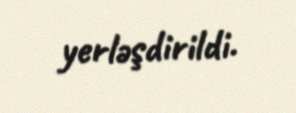
yerləşdirildi.